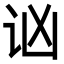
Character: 讻